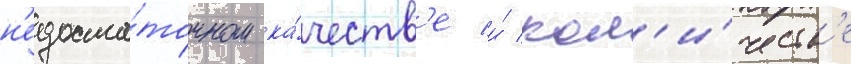
н'едоста́точном ка́честв'е и́ кол'и́честв'е